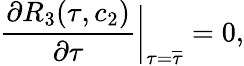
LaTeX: \frac{\partial R_{3}(\tau,c_{2})}{\partial\tau}\biggr|_{\tau=\overline{{{\tau}}}}=0,